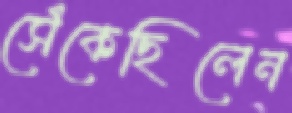
সেঁকেছিলেন